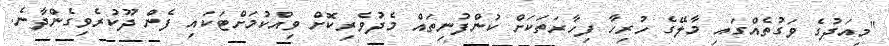
"މިއަދުގެ ވަގުތެއްގައި މާލޭގެ ހުރިހާ ފިހާރަތަކަށް ކުންފުނިތައް މެދުވެރިކޮށް ވިއްކުމަށްޓަކައި ފެން ދޫކުރެވިގެންދާނެ.